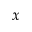
x